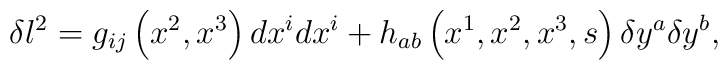
\delta l^2=g_{ij}\left( x^2,x^3\right) dx^idx^i+h_{ab}\left(x^1,x^2,x^3,s\right) \delta y^a\delta y^b,